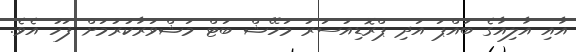
އާއި އާލިއާގެ ބައްޕަ އަދި ޕްރޮޑިއުސަރު މަހޭޝް ބަޓް މަޝްވަރާކުރުމަށް ފަހު އެވެ.